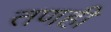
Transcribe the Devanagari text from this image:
तणही